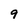
Character: 9